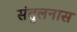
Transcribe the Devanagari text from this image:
संतुलनास